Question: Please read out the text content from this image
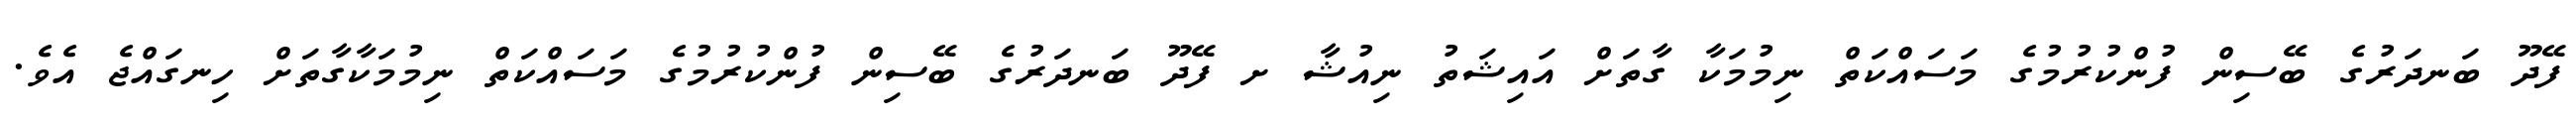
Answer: ފޭދޫ ބަނދަރުގެ ބޭސިން ފުންކުރުމުގެ މަސައްކަތް ނިމުމަކާ ގާތަށް އައިޝަތު ނިއުޝާ ށ ފޭދޫ ބަނދަރުގެ ބޭސިން ފުންކުރުމުގެ މަސައްކަތް ނިމުމަކާގާތަށް ހިނގައްޖެ އެވެ.